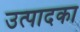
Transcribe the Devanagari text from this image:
उत्पादका